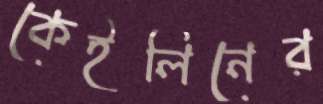
কেইলিনের